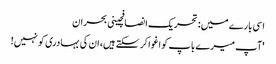
اسی بارے میں: تحریک انصافچینی بحران
'آپ میرے باپ کو اغوا کر سکتے ہیں، ان کی بہادری کو نہیں!